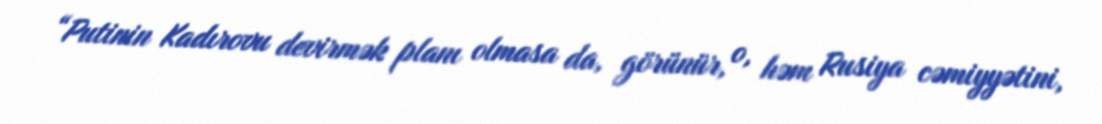
“Putinin Kadırovu devirmək planı olmasa da, görünür, o, həm Rusiya cəmiyyətini,